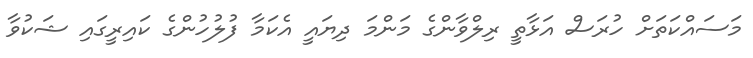
މަސައްކަތަށް ހުރަސް އަޅާތީ ރިލްވާންގެ މަންމަ ދިޔައީ އެކަމާ ފުލުހުންގެ ކައިރީގައި ޝަކުވާ